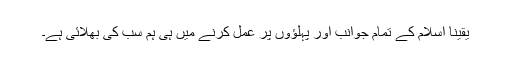
یقینا اسلام کے تمام جوانب اور پہلؤوں پر عمل کرنے میں ہی ہم سب کی بھلائی ہے۔